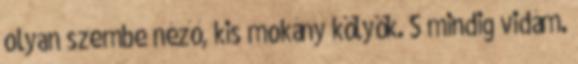
olyan szembe néző, kis mokány kölyök. S mindig vidám.